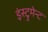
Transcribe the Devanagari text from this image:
इंस्ट्रुमेन्ट